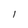
Character: I